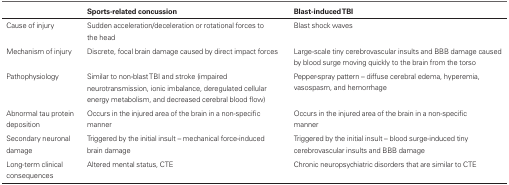
<table><thead><tr><td>[EMPTY_CELL]</td><td><b>Sports-related concussion</b></td><td><b>Blast-induced TBI</b></td></tr></thead><tbody><tr><td>Cause of injury</td><td>Sudden acceleration/deceleration or rotational forces to the head</td><td>Blast shock waves</td></tr><tr><td>Mechanism of injury</td><td>Discrete, focal brain damage caused by direct impact forces</td><td>Large-scale tiny cerebrovascular insults and BBB damage caused by blood surge moving quickly to the brain from the torso</td></tr><tr><td>Pathophysiology</td><td>Similar to non-blast TBI and stroke (impaired neurotransmission, ionic imbalance, deregulated cellular energy metabolism, and decreased cerebral blood flow)</td><td>Pepper-spray pattern – diffuse cerebral edema, hyperemia, vasospasm, and hemorrhage</td></tr><tr><td>Abnormal tau protein deposition</td><td>Occurs in the injured area of the brain in a non-specific manner</td><td>Occurs in the injured area of the brain in a non-specific manner</td></tr><tr><td>Secondary neuronal damage</td><td>Triggered by the initial insult – mechanical force-induced brain damage</td><td>Triggered by the initial insult – blood surge-induced tiny cerebrovascular insults and BBB damage</td></tr><tr><td>Long-term clinical consequences</td><td>Altered mental status, CTE</td><td>Chronic neuropsychiatric disorders that are similar to CTE</td></tr></tbody></table>